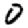
Digit: 0